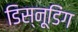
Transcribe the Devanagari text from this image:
डिस्नूडिंग